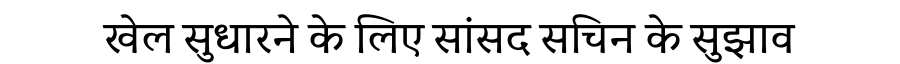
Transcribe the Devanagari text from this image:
खेल सुधारने के लिए सांसद सचिन के सुझाव